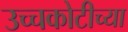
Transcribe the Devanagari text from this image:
उच्चकोटीच्या